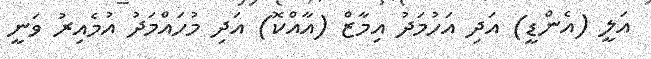
އަލީ (އެންޑީ) އަދި އަހުމަދު އިމާޒް (އާއްކޮ) އަދި މުހައްމަދު އުމެއިރު ވަނީ